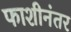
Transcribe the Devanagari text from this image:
फाशीनंतर